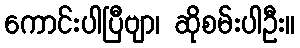
ကောင်းပါပြီဗျာ၊ ဆိုစမ်းပါဦး။